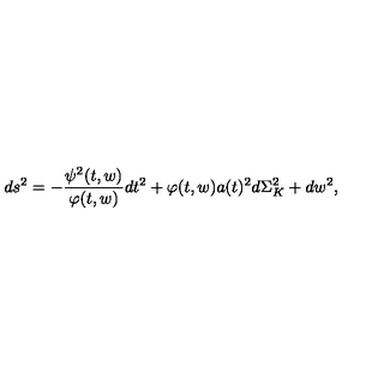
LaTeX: d s ^ { 2 } = - \frac { \psi ^ { 2 } ( t , w ) } { \varphi ( t , w ) } d t ^ { 2 } + \varphi ( t , w ) a ( t ) ^ { 2 } d \Sigma _ { K } ^ { 2 } + d w ^ { 2 } ,